Report of the King Institute of Preventive Medicine, Guindy
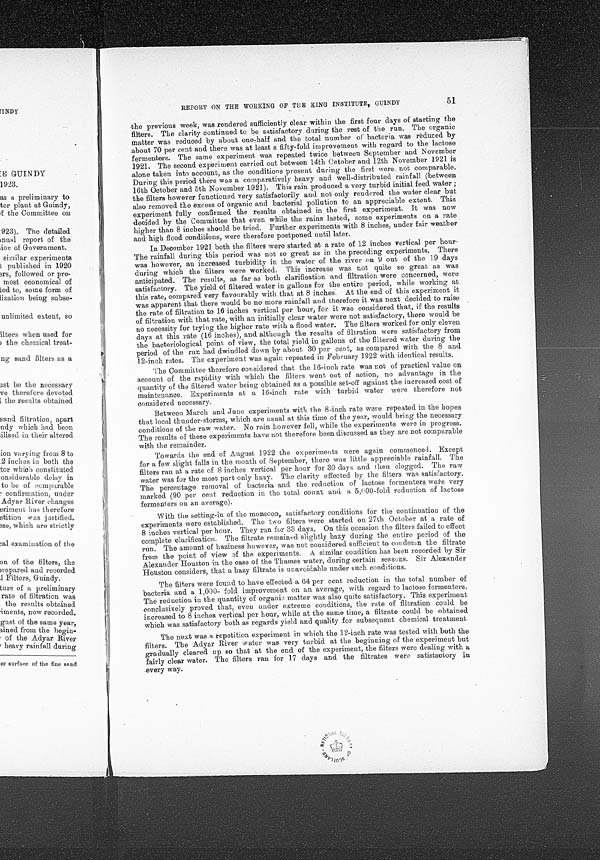
51
REPORT ON THE WORKING OF THE KING INSTITUTE, GUINDY
the previous week, was rendered sufficiently clear within the first four days of starting the
filters. The clarity continued to be satisfactory during the rest of the run. The organic
matter was reduced by about one-half and the total number of bacteria was reduced by
.about 70 per cent and there was at least a fifty-fold improvement with regard to the lactose
fermenters. The same experiment was repeated twice between September and November
1921. The second experiment carried out between 14th October and 12th November 1921 is
alone taken into account, as the conditions present during the first were not comparable.
During this period there was a comparatively heavy and well-distributed rainfall (between
16th October and 5th November 1921). This rain produced a very turbid initial feed water;
the filters however functioned very satisfactorily and not only rendered the water clear but
also removed the excess of organic and bacterial pollution to an appreciable extent. This
experiment fully confirmed the results obtained in the first experiment. It was now
decided by the Committee that even while the rains lasted, some experiments on a rate
higher than 8 inches should be tried. Further experiments with 8 inches, under fair weather
and high flood conditions, were therefore postponed until later.
In December 1921 both the filters were started at a rate of 12 inches vertical per hour.
The rainfall during this period was not so great as in the preceding experiments. There
was however, an increased turbidity in the water of the river on 9 out of the 19 days
during which the filters were worked. This increase was not quite so great as was
anticipated. The results, as far as both clarification and filtration were concerned, were
satisfactory. The yield of filtered water in gallons for the entire period, while working at
this rate, compared very favourably with that at 8 inches. At the end of this experiment it
was apparent that there would be no more rainfall and therefore it was next decided to raise
the rate of filtration to 16 inches vertical per hour, for it was considered that, if the results
of filtration with that rate, with an initially clear water were not satisfactory, there would be
no necessity for trying the higher rate with a flood water. The filters worked for only eleven
days at this rate (16 inches), and although the results of filtration were satisfactory from
the bacteriological point of view, the total yield in gallons of the filtered water during the
period of the run had dwindled down by about 30 per cent, as compared with the 8 and.
12-inch rates. The experiment was again repeated in February 1922 with identical results.
The Committee therefore considered that the 1.6-inch rate was not of practical value on
account of the rapidity with which the filters went out of action, no advantage in the
quantity of the filtered. water being obtained as a possible set-off against the increased cost of
maintenance. Experiments at a 16-inch rate with turbid water were therefore not
considered necessary.
Between March and June experiments with the 8-inch rate were repeated in the hopes
that local thunder-storms, which are usual at this time of the year, would bring the necessary
conditions of the raw water. No rain however fell, while the experiments were in progress.
The results of these experiments have not therefore been discussed as they are not comparable
with the remainder.
Towards the end of August 1922 the experiments were again commenced. Except
for a few slight falls in the month of September, there was little appreciable rainfall. The
filters ran at a rate of 8 inches vertical per hour for 30 days and then clogged. The raw
water was for the most part only hazy. The clarity effected by the filters was satisfactory.
The percentage removal of bacteria and the reduction of lactose fermenters were very
marked (90 per cent reduction in the total count and a 5,000-fold reduction of lactose
fermenters on an average).
With the setting-in of the monsoon, satisfactory conditions for the continuation of the
experiments were established. The two filters were started on 27th October at a rate of
8 inches vertical per hour. They ran for 33 days. On this occasion the filters failed to effect
complete clarification. The filtrate remained slightly hazy during the entire period of the
run. The amount of haziness however, was not considered sufficient to condemn the filtrate
from the point of view of the experiments. A similar condition has been recorded by Sir
Alexander Houston in the case of the Thames water, during certain seasons. Sir Alexander
Houston considers, that a hazy filtrate is unavoidable under such conditions.
The filters were found to have effected a 64 per cent reduction in the total number of
bacteria and a 1,000- fold improvement on an average, with regard to lactose fermenters.
The reduction in the quantity of organic matter was also quite satisfactory. This experiment
conclusively proved that, even under extreme conditions, the rate of filtration could be
increased to 8 inches vertical per hour, while at the same time, a filtrate could be obtained
which was satisfactory both as regards yield and quality for subsequent chemical treatment.
The next was a repetition experiment in which the 12-inch rate was tested with both the
filters. The Adyar River water was very turbid at the beginning of the experiment but
gradually cleared up so that at the end of the experiment, the filters were dealing with a
fairly clear water. The filters ran for 17 days and the filtrates were satisfactory in
every way.